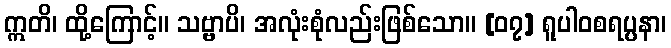
ဣတိ၊ ထို့ကြောင့်။ သဗ္ဗာပိ၊ အလုံးစုံလည်းဖြစ်သော။ [၀၇] ရူပါဝစရပ္ပနာ၊